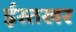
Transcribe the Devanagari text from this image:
ईस्तखर